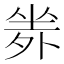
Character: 𡎦